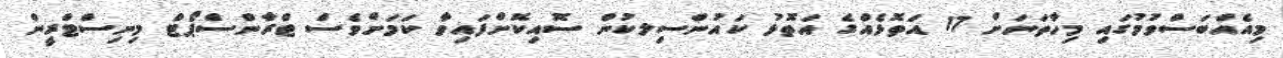
މިއެއްބަސްވުމުގައި މިހާތަނަށް 17 އަތޮޅެއްގެ އަތޮޅު ކައުންސިލކުން ސޮއިކޮށްފައިވާ ކަމަށްވެސް ޓްރާންސްޕޯޓް މިނިސްޓްރީން